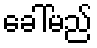
ခေါ်မည်